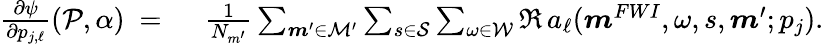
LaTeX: \begin{array}{rl}{\frac{\partial\psi}{\partial p_{j,\ell}}(\mathcal{P},\alpha)\ =\ }&{\frac{1}{N_{m^{\prime}}}\sum_{\boldsymbol{m}^{\prime}\in\mathcal{M^{\prime}}}\sum_{s\in\mathcal{S}}\sum_{\omega\in\mathcal{W}}\Re\, a_{\ell}(\boldsymbol{m}^{FWI},\omega,s,\boldsymbol{m}^{\prime};p_{j}).}\end{array}